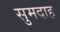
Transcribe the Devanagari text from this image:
सुमदाह